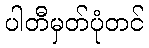
ပါတီမှတ်ပုံတင်